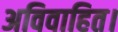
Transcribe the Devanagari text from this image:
अविवाहित।